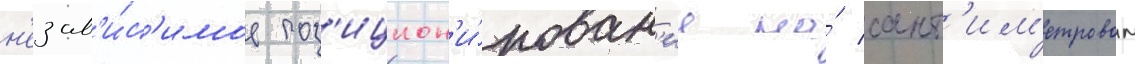
н'езав'и́с'имое поз'ицион'и́рован'ие на́ сант'им'етровом